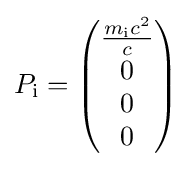
{P}_{\text{i}}={\begin{pmatrix}{\frac {{m}_{\text{i}}c^{2}}{c}}\\0\\0\\0\end{pmatrix}}